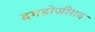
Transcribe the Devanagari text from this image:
दगडोजीराव